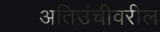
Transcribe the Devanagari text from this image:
अतिउंचीवरील